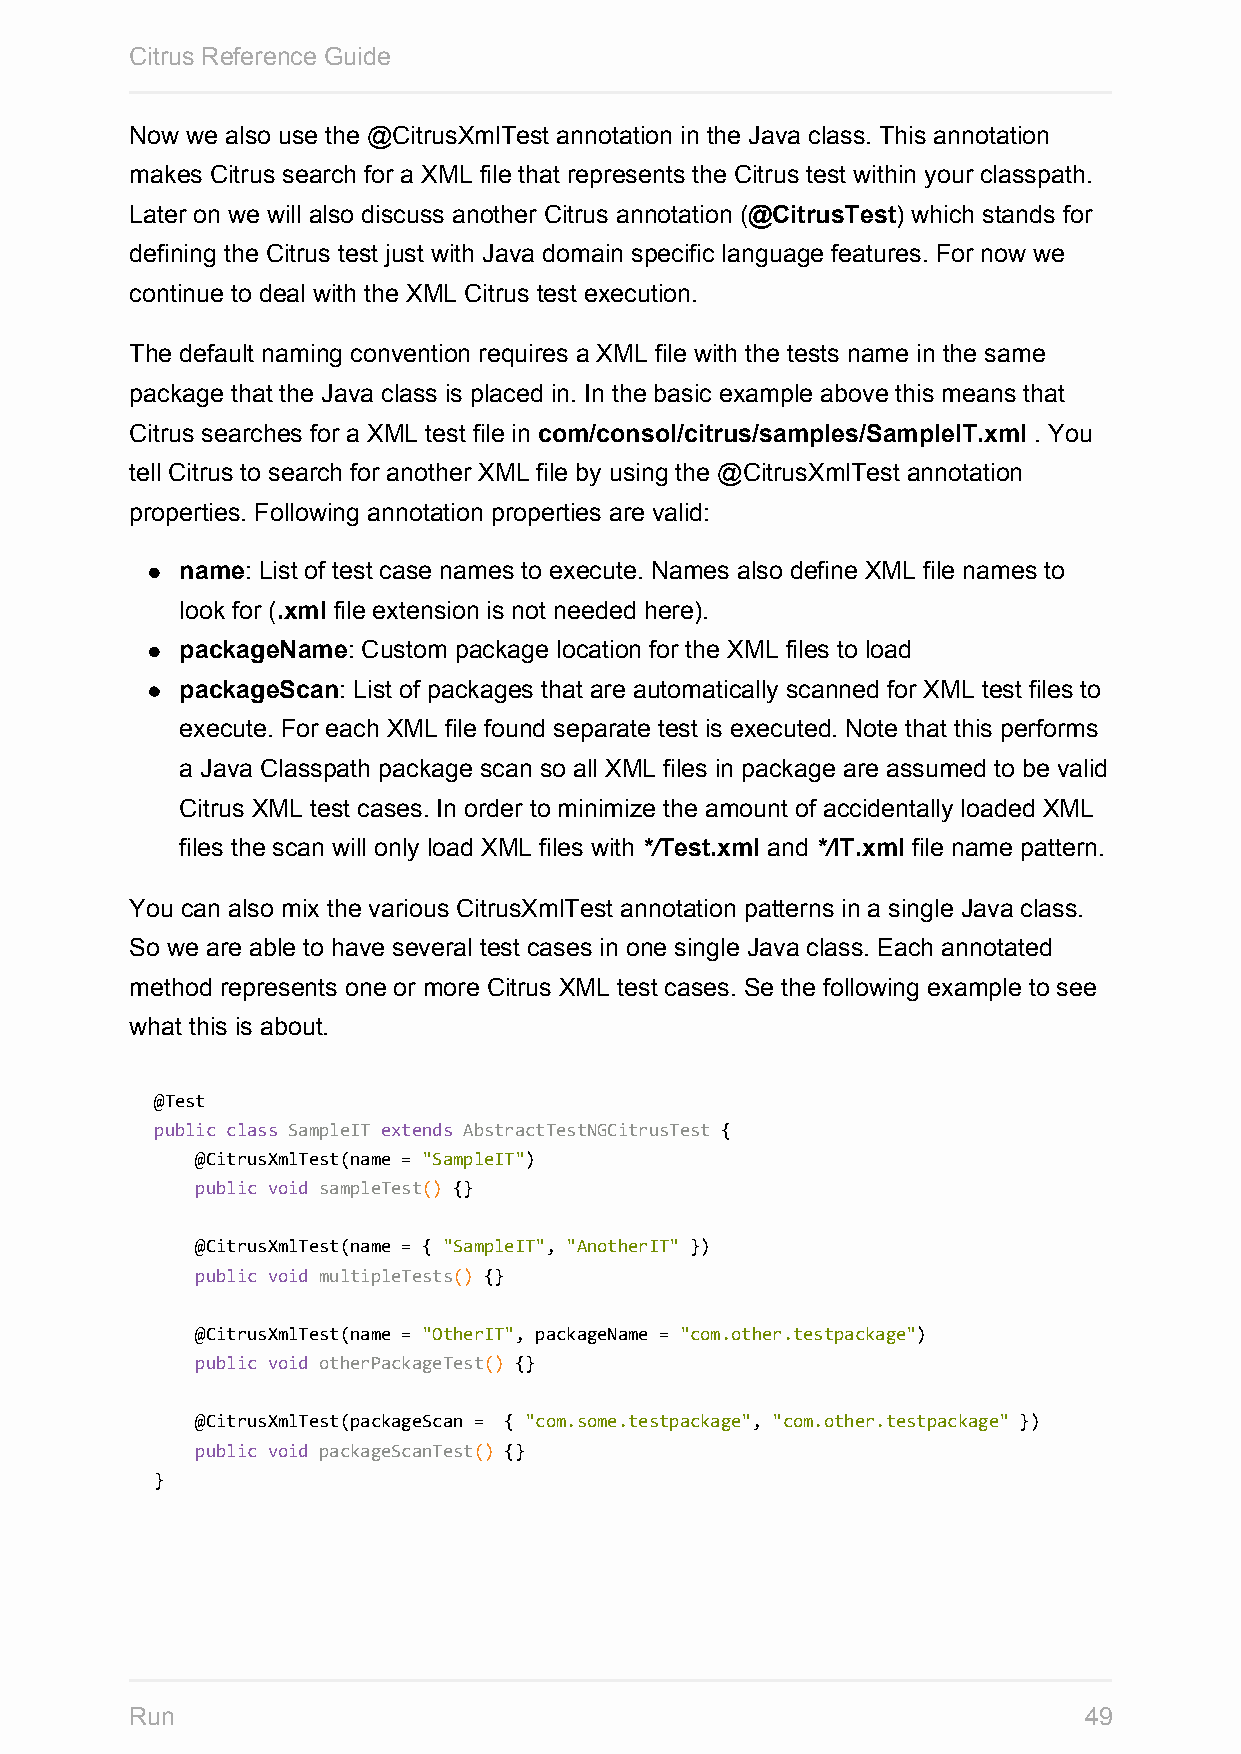
Citrus Reference Guide
 Now we also use the @CitrusXmlTest annotation in the Java class. This annotation
 makes Citrus search for a XML file that represents the Citrus test within your classpath.
 Later on we will also discuss another Citrus annotation (@CitrusTest) which stands for
 defining the Citrus test just with Java domain specific language features. For now we
 continue to deal with the XML Citrus test execution.
 The default naming convention requires a XML file with the tests name in the same
 package that the Java class is placed in. In the basic example above this means that
 Citrus searches for a XML test file in com/consol/citrus/samples/SampleIT.xml . You
 tell Citrus to search for another XML file by using the @CitrusXmlTest annotation
 properties. Following annotation properties are valid:
 name: List of test case names to execute. Names also define XML file names to
 look for (.xml file extension is not needed here).
 packageName: Custom package location for the XML files to load
 packageScan: List of packages that are automatically scanned for XML test files to
 execute. For each XML file found separate test is executed. Note that this performs
 a Java Classpath package scan so all XML files in package are assumed to be valid
 Citrus XML test cases. In order to minimize the amount of accidentally loaded XML
 files the scan will only load XML files with */Test.xml and */IT.xml file name pattern.
 You can also mix the various CitrusXmlTest annotation patterns in a single Java class.
 So we are able to have several test cases in one single Java class. Each annotated
 method represents one or more Citrus XML test cases. Se the following example to see
 what this is about.
 @Test
 public class SampleIT extends AbstractTestNGCitrusTest {
 @CitrusXmlTest(name = "SampleIT")
 public void sampleTest() {}
 @CitrusXmlTest(name = { "SampleIT", "AnotherIT" })
 public void multipleTests() {}
 @CitrusXmlTest(name = "OtherIT", packageName = "com.other.testpackage")
 public void otherPackageTest() {}
 @CitrusXmlTest(packageScan = { "com.some.testpackage", "com.other.testpackage" })
 public void packageScanTest() {}
 }
 Run                                                            49